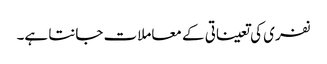
نفری کی تعیناتی کے معاملات جانتا ہے۔